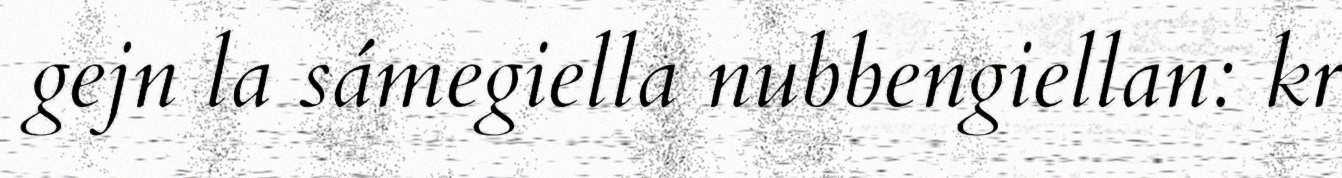
gejn la sámegiella nubbengiellan: kr